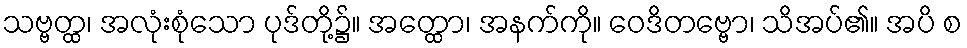
သဗ္ဗတ္ထ၊ အလုံးစုံသော ပုဒ်တို့၌။ အတ္ထော၊ အနက်ကို။ ဝေဒိတဗ္ဗော၊ သိအပ်၏။ အပိ စ